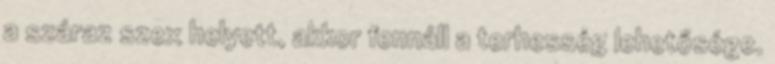
a száraz szex helyett, akkor fennáll a terhesség lehetősége.